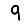
Digit: 9